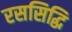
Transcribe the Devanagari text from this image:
रससिद्धि